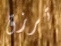
ترزق